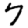
Digit: 7